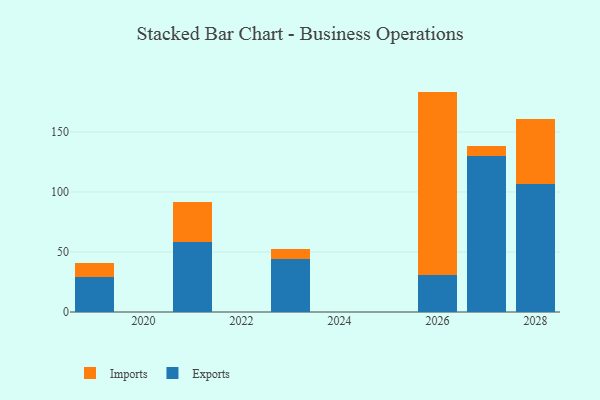
{"axis": {"x": "Year", "y": "Population (Million)"}, "legend": ["Exports", "Imports"], "data": [{"x": "2028", "y": 106.4, "type": "Exports"}, {"x": "2028", "y": 54.2, "type": "Imports"}, {"x": "2027", "y": 129.7, "type": "Exports"}, {"x": "2027", "y": 8.3, "type": "Imports"}, {"x": "2021", "y": 58.0, "type": "Exports"}, {"x": "2021", "y": 34.0, "type": "Imports"}, {"x": "2019", "y": 28.9, "type": "Exports"}, {"x": "2019", "y": 12.0, "type": "Imports"}, {"x": "2023", "y": 44.3, "type": "Exports"}, {"x": "2023", "y": 8.2, "type": "Imports"}, {"x": "2026", "y": 30.6, "type": "Exports"}, {"x": "2026", "y": 153.0, "type": "Imports"}]}